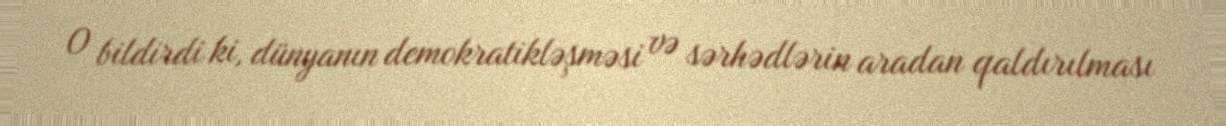
O bildirdi ki, dünyanın demokratikləşməsi və sərhədlərin aradan qaldırılması